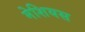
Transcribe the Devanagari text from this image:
मेशियस